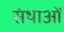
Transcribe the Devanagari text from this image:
संथाओं